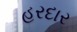
હરદાર